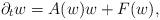
LaTeX: \begin{align*}\partial_t w={A}(w)w+F(w),\end{align*}